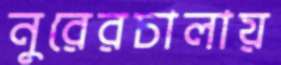
নুরেরচালায়